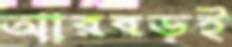
আরবড়ই